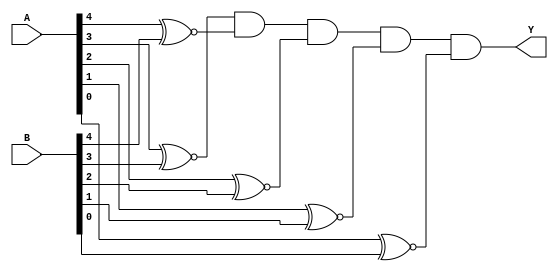
// This program was cloned from: https://github.com/FIUSCIS-CDA/CPU_Pipelined
// License: MIT License

// Copyright (C) 2020  Intel Corporation. All rights reserved.
// Your use of Intel Corporation's design tools, logic functions 
// and other software and tools, and any partner logic 
// functions, and any output files from any of the foregoing 
// (including device programming or simulation files), and any 
// associated documentation or information are expressly subject 
// to the terms and conditions of the Intel Program License 
// Subscription Agreement, the Intel Quartus Prime License Agreement,
// the Intel FPGA IP License Agreement, or other applicable license
// agreement, including, without limitation, that your use is for
// the sole purpose of programming logic devices manufactured by
// Intel and sold by Intel or its authorized distributors.  Please
// refer to the applicable agreement for further details, at
// https://fpgasoftware.intel.com/eula.

// PROGRAM		"Quartus Prime"
// VERSION		"Version 20.1.1 Build 720 11/11/2020 SJ Lite Edition"
// CREATED		"Wed Aug 17 11:45:35 2022"

module EQ_5(
	A,
	B,
	Y
);


input wire	[4:0] A;
input wire	[4:0] B;
output wire	Y;

wire	Bit0EQ;
wire	Bit1EQ;
wire	Bit2EQ;
wire	Bit3EQ;
wire	Bit4EQ;
wire	Power;




assign	Y = Bit3EQ & Power & Bit4EQ & Bit2EQ & Bit1EQ & Bit0EQ;


assign	Bit4EQ = A[4] ~^ B[4];

assign	Bit3EQ = A[3] ~^ B[3];

assign	Bit2EQ = A[2] ~^ B[2];

assign	Bit1EQ = A[1] ~^ B[1];

assign	Bit0EQ = A[0] ~^ B[0];

assign	Power = 1;

endmodule